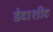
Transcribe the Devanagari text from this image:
डेटाशीट